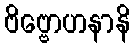
ဗိဗ္ဗောဟနာနိ